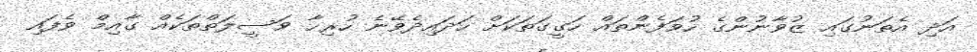
އަދި އެތަނުގައި ޒުވާނުންގެ ހުވަފެންތައް ހަގީގަތަކަށް ހަދައިދެވޭނެ ހުރިހާ ވަސީލަތްތަކެއް ގާއިމް ވެފައި